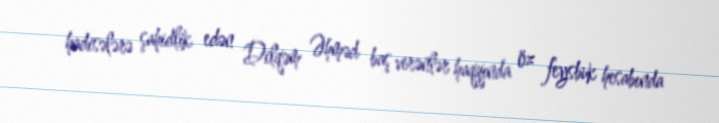
hadisələrə şahidlik edən Dilqəm Əhməd baş verənlər haqqında öz feysbuk hesabında